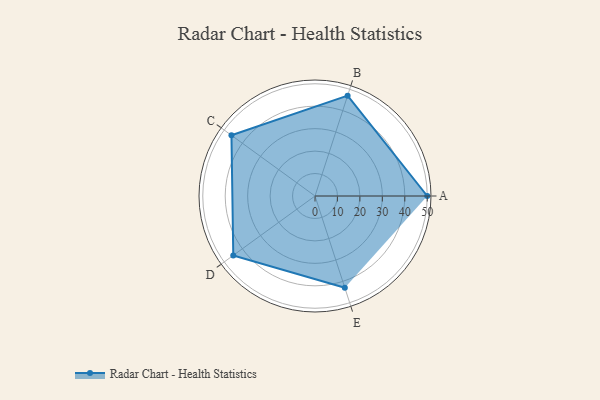
{"axis": {"x": "Skill", "y": "Score"}, "legend": ["Profile"], "data": [{"x": "A", "y": 50.0, "type": "Profile"}, {"x": "B", "y": 47.0, "type": "Profile"}, {"x": "C", "y": 46.0, "type": "Profile"}, {"x": "D", "y": 45.0, "type": "Profile"}, {"x": "E", "y": 43.0, "type": "Profile"}]}